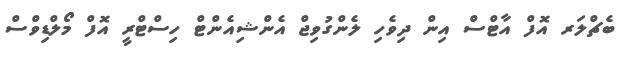
ބެޗްލަރ އޮފް އާޓްސް އިން ދިވެހި ލެންގުވިޖް އެންޝިއެންޓް ހިސްޓްރީ އޮފް މޯލްޑިވްސް